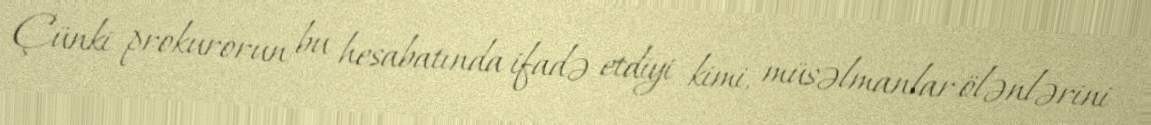
Çünki prokurorun bu hesabatında ifadə etdiyi kimi, müsəlmanlar ölənlərini